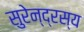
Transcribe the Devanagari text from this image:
सुरेन्द्रस्य